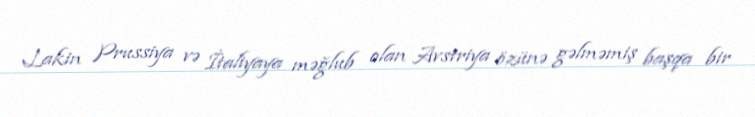
Lakin Prussiya və İtaliyaya məğlub olan Avstriya özünə gəlməmiş başqa bir